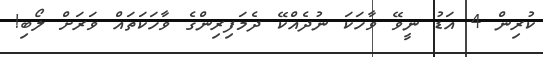
ކުރިން 4 އަޑު ނީވޭ ވާހަކަ ނުދެއްކޭ ދެމަފިރިންގެ ވާހަކަތައް ވަރަށް ލޯބި!